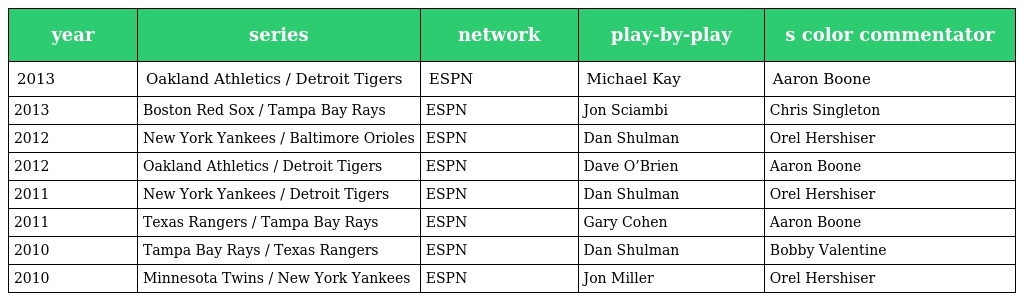
| year | series | network | play-by-play | s color commentator |
 | --- | --- | --- | --- | --- |
 | 2013 | Oakland Athletics / Detroit Tigers | ESPN | Michael Kay | Aaron Boone |
 | 2013 | Boston Red Sox / Tampa Bay Rays | ESPN | Jon Sciambi | Chris Singleton |
 | 2012 | New York Yankees / Baltimore Orioles | ESPN | Dan Shulman | Orel Hershiser |
 | 2012 | Oakland Athletics / Detroit Tigers | ESPN | Dave O’Brien | Aaron Boone |
 | 2011 | New York Yankees / Detroit Tigers | ESPN | Dan Shulman | Orel Hershiser |
 | 2011 | Texas Rangers / Tampa Bay Rays | ESPN | Gary Cohen | Aaron Boone |
 | 2010 | Tampa Bay Rays / Texas Rangers | ESPN | Dan Shulman | Bobby Valentine |
 | 2010 | Minnesota Twins / New York Yankees | ESPN | Jon Miller | Orel Hershiser |